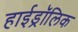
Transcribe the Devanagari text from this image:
हाईड्रॉलिक